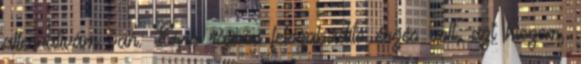
alternatívám van. Erre rájönni felszabadító érzés volt, azt hiszem,